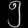
Digit: ၅